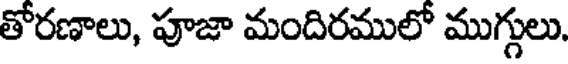
తోరణాలు, పూజా మందిరములో ముగ్గులు,